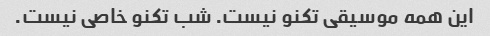
این همه موسیقی تکنو نیست. شب تکنو خاصی نیست.